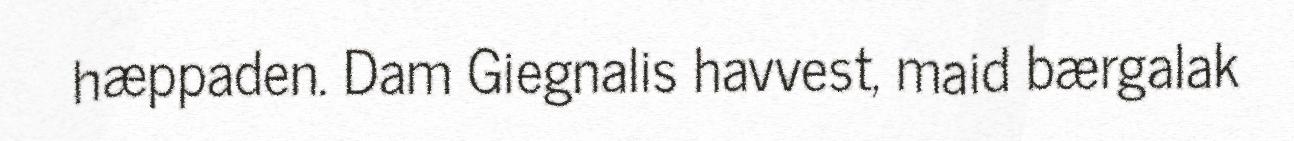
hæppaden. Dam Giegnalis havvest, maid bærgalak